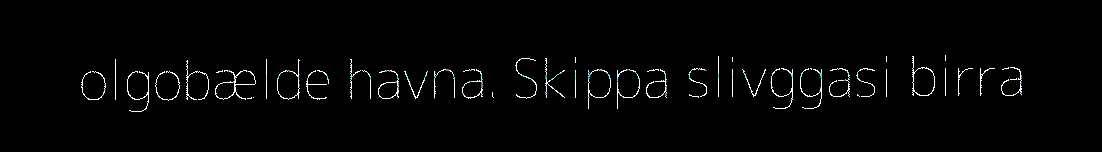
olgobælde havna. Skippa slivggasi birra